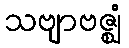
သဗျာဗဇ္ဈံ